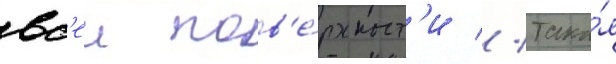
вс'еи пов'е́рхност'и // Така́я